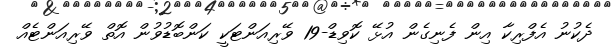
ދެކުނު އެފްރިކާ އިން ފެނިގެން އުޅޭ ކޮވިޑް-19 ވޭރިއަންޓަކީ ކަންބޮޑުވުން އޮތް ވޭރިއަންޓެއް